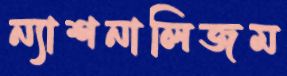
ন্যাশনালিজম